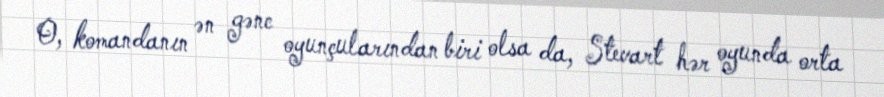
O, komandanın ən gənc oyunçularından biri olsa da, Stevart hər oyunda orta